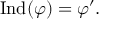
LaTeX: { \mathrm { I n d } } ( \varphi ) = \varphi ^ { \prime } .